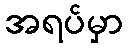
အရပ်မှာ